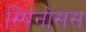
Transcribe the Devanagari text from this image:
स्पिनोसस